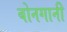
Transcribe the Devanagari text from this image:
बोनगानी